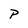
Character: P